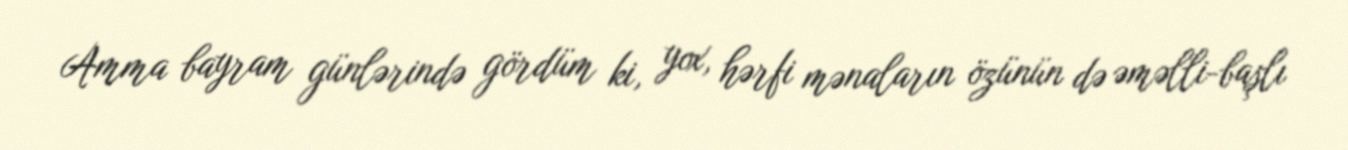
Amma bayram günlərində gördüm ki, yox, hərfi mənaların özünün də əməlli-başlı